65_HS1-834228961_62-HQ-83894_SUB_A
Agency: FBI
Page 7
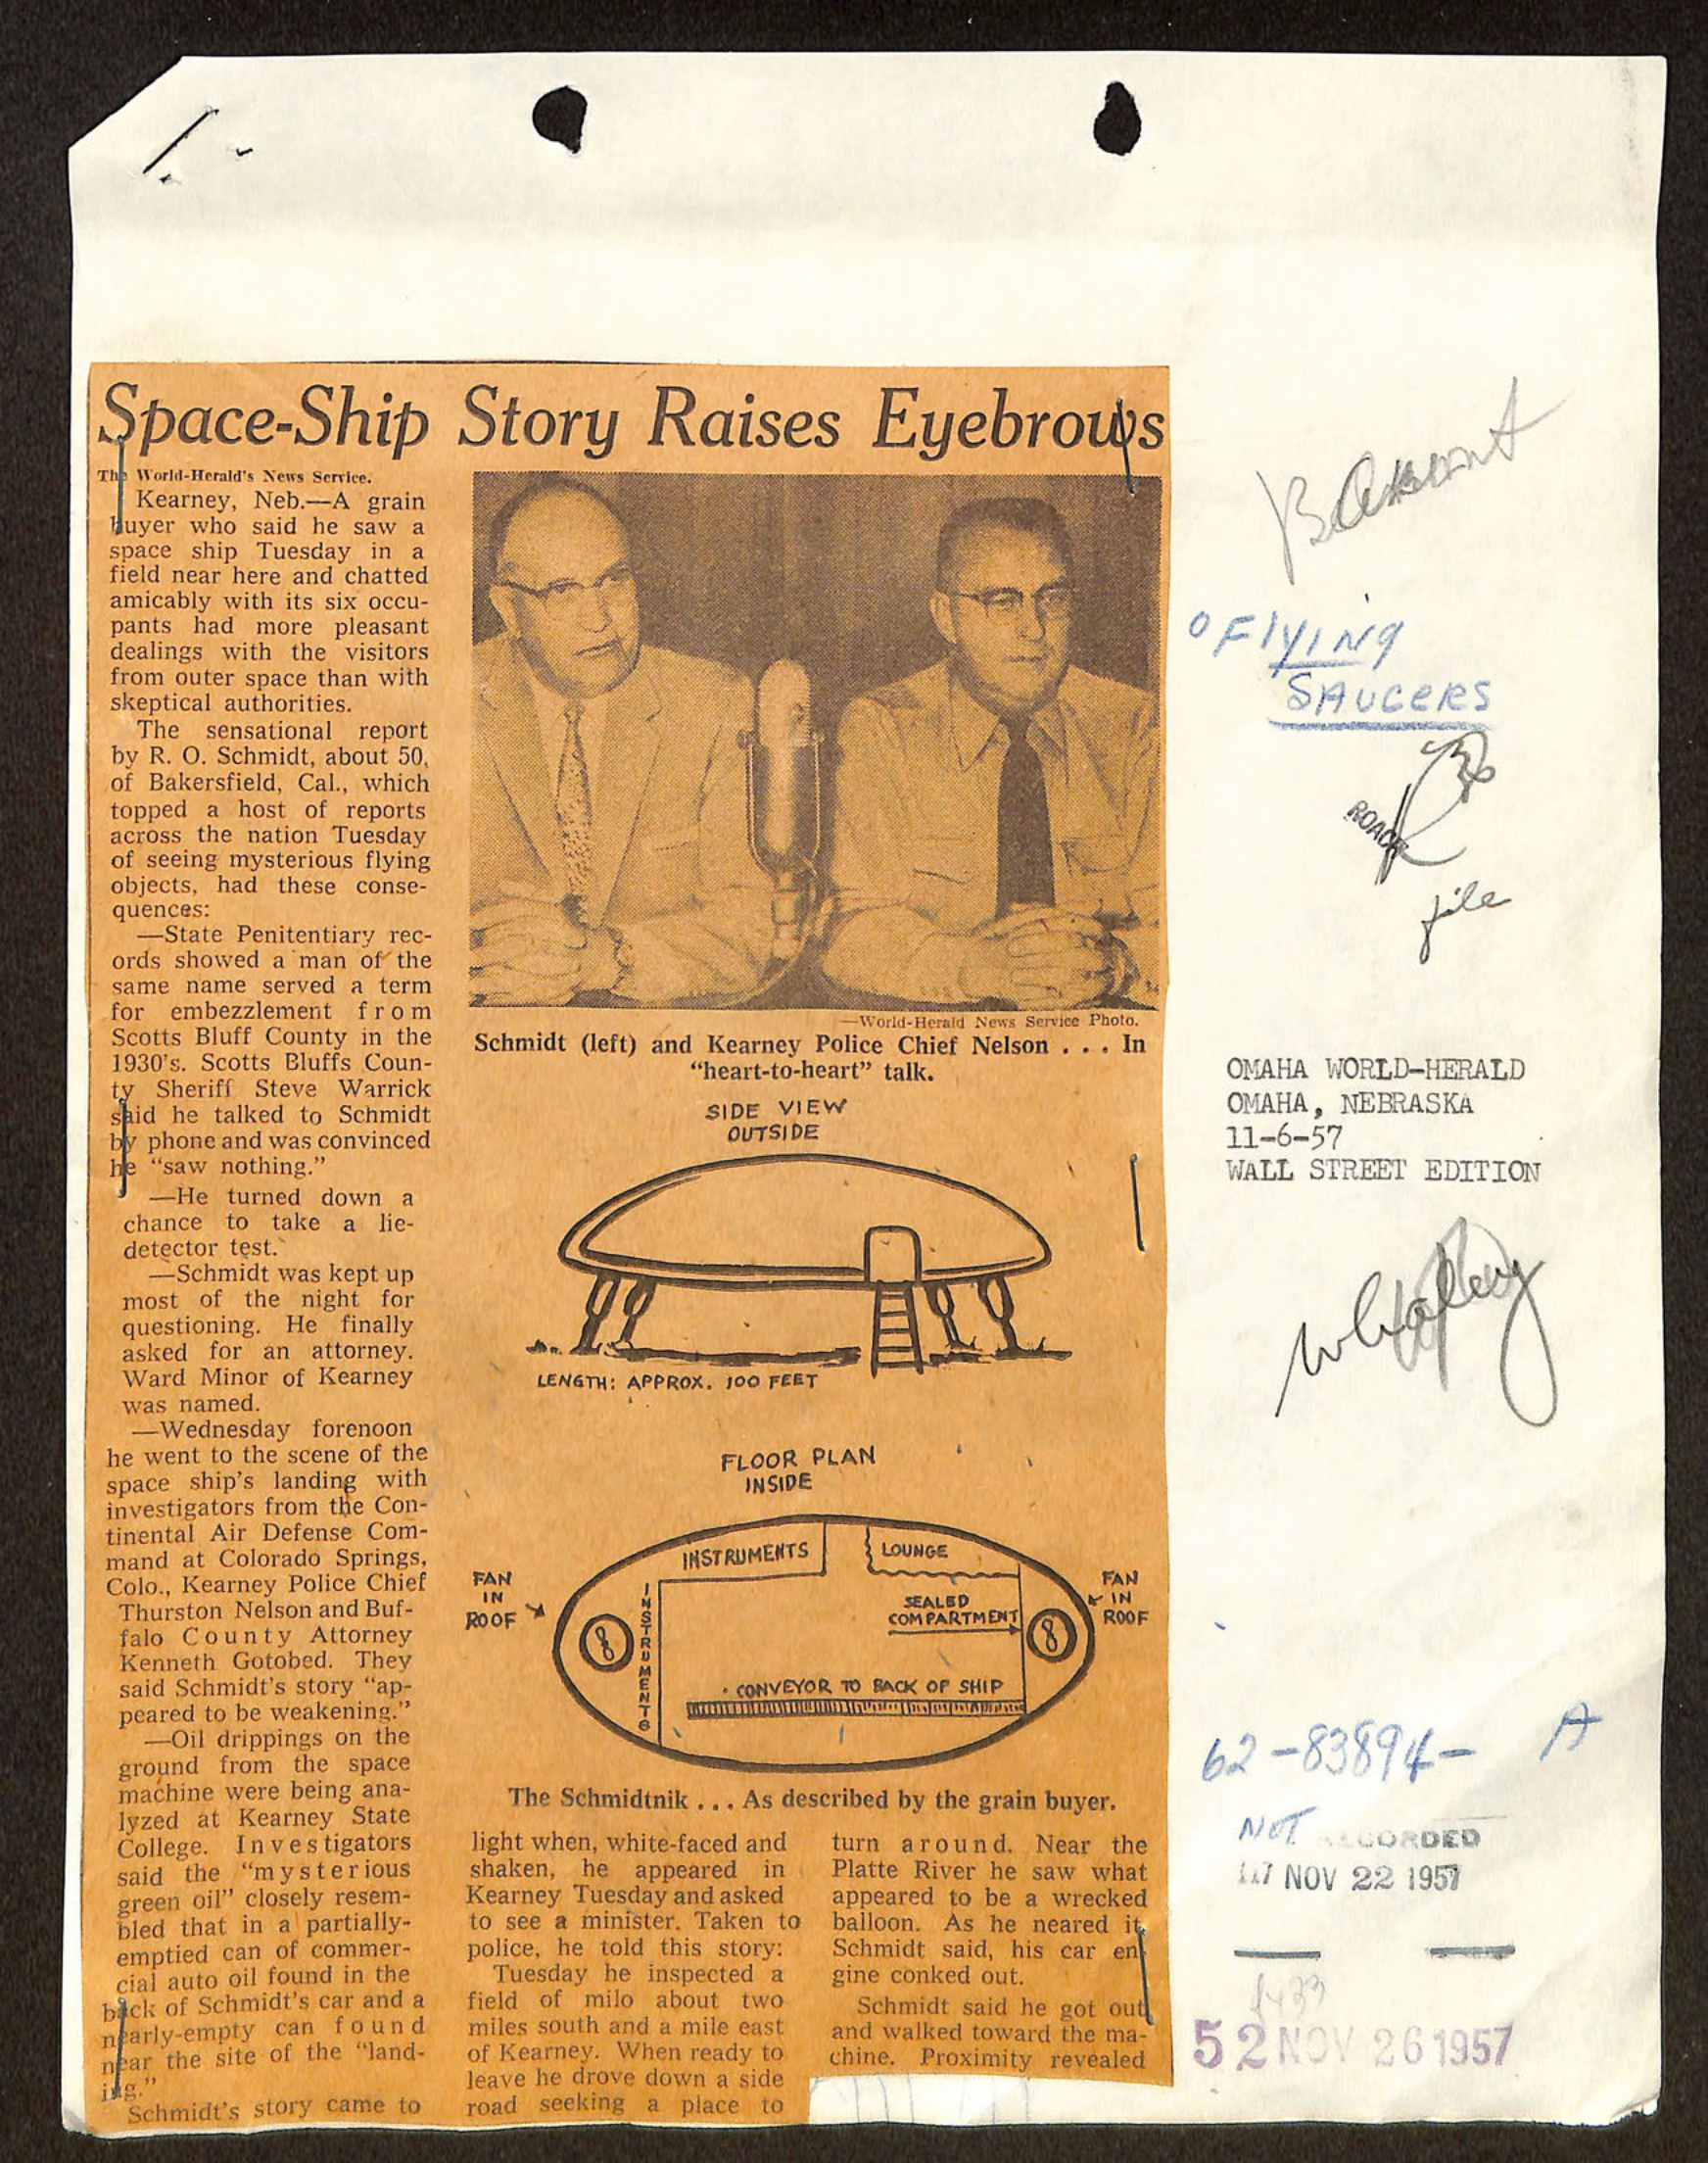